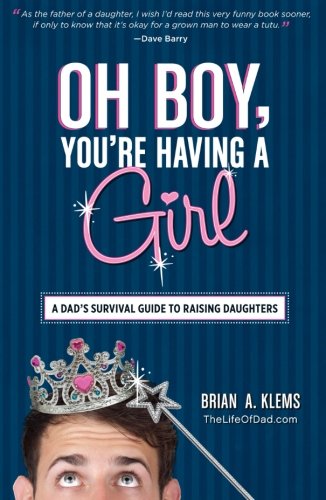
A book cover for Oh Boy, You're Having a Girl: A Dad's Survival Guide to Raising Daughters; Brian A. Klems; Humor & Entertainment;